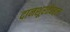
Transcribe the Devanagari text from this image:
दानशूरतेबद्दल